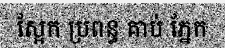
ស្អែក ប្រពន្ធ គាប់ ភ្នែក